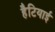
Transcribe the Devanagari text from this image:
हैटियाई